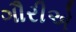
ગૌરીએ